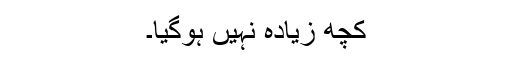
کچھ زیادہ نہیں ہوگیا۔